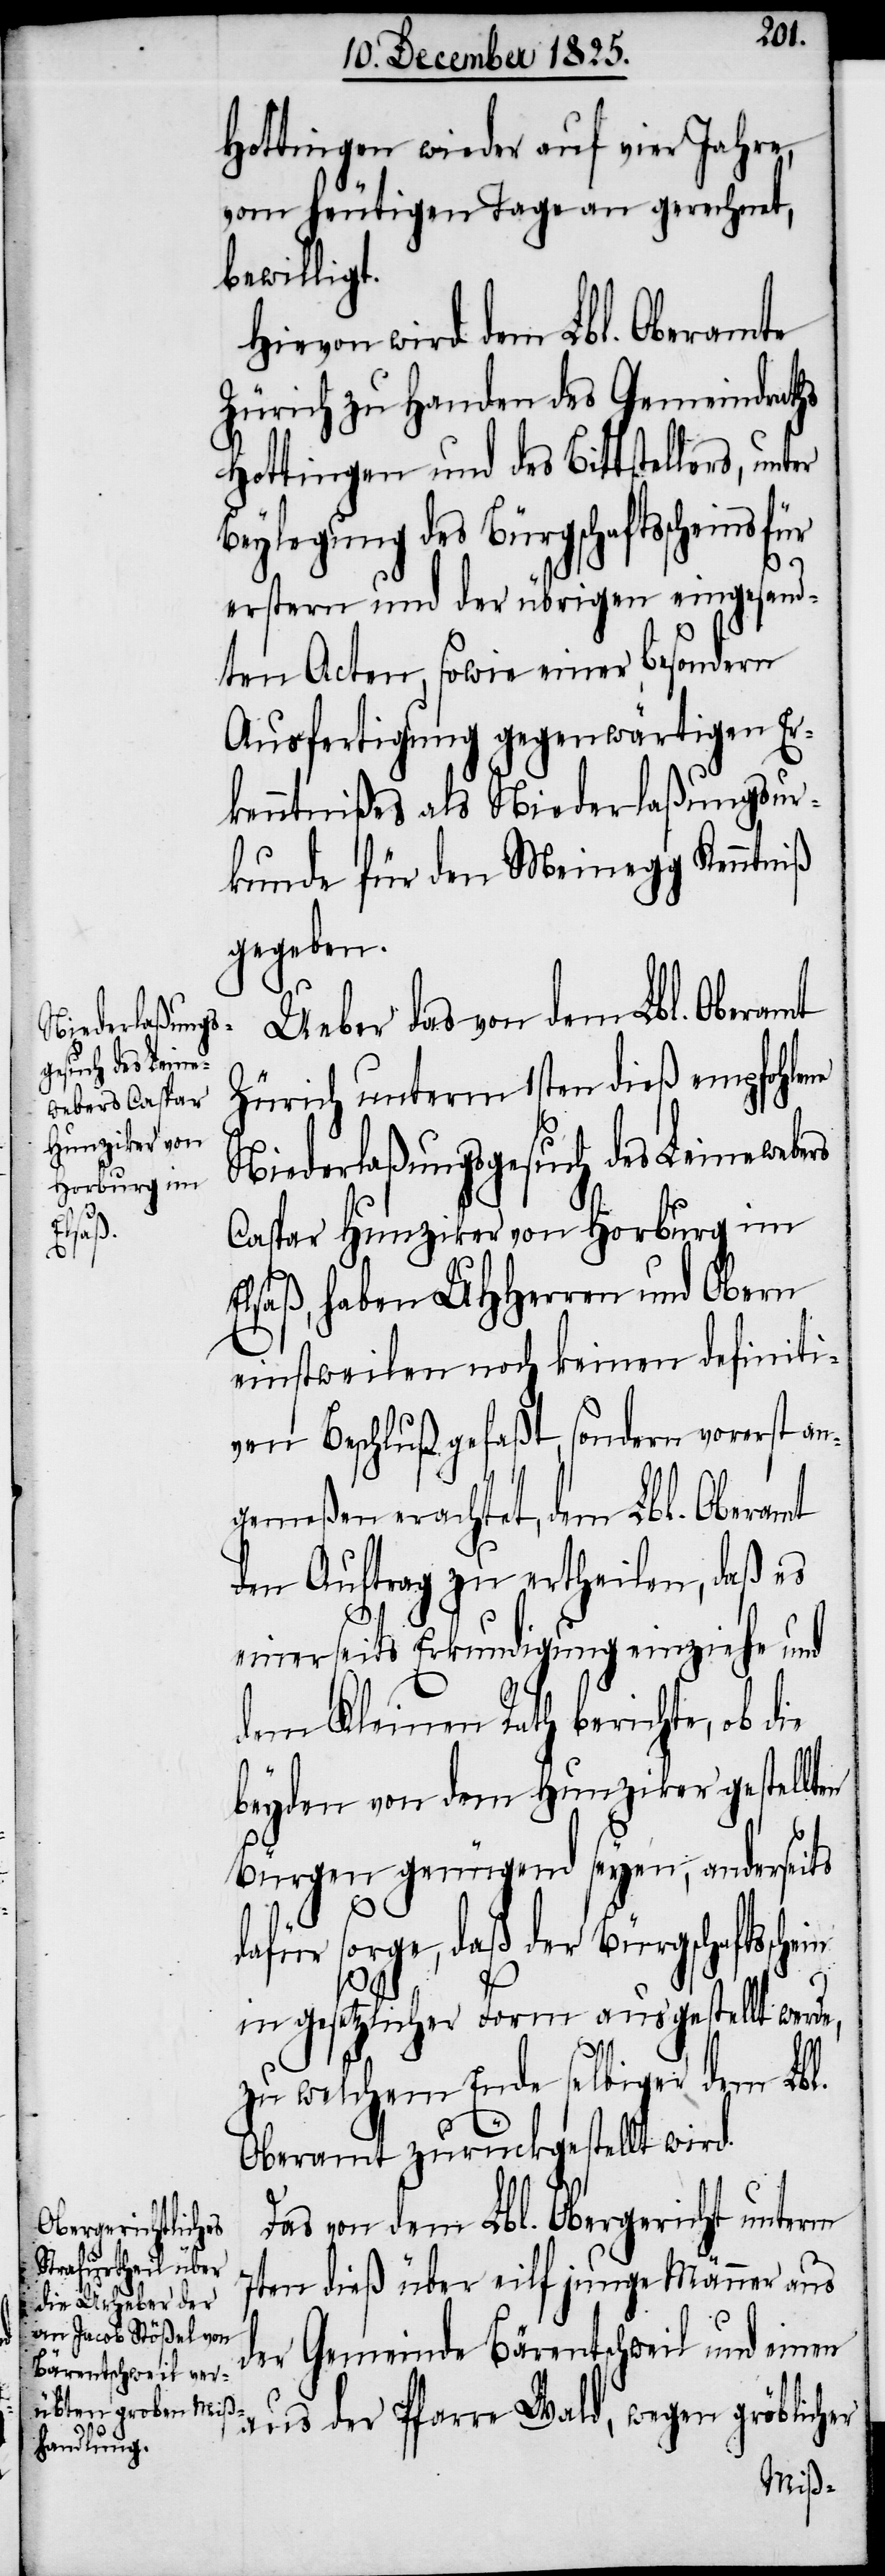
er

Hottingen wieder auf vier Jahre,
vom heutigen Tage an gerechnet,
bewilligt.
Hievon wird dem Lbl. Oberamte
Zürich zu Handen des Gemeindraths
Hottingen und des Bittstellers, unt¬
Beylegung des Bürgschaftsscheins
erstern und der übrigen eingesand¬
ten Acten, sowie einer besondern
Ausfertigung gegenwärtigen Er¬
kenntnißes als Niederlaßungsur¬
kunde für den Meinegg Kenntniß
gegeben.
Ueber das von dem Lbl. Oberamt
Zürich unterm 1sten dieß empfohlene
Niederlaßungsgesuch des Leinewebers
Caspar Hunziker von Horburg im
Elsaß, haben UHHerren und Obern
einstweilen noch keine definiti¬
ven Beschluß gefaßt, sondern vorerst an¬
gemeßen erachtet, dem Lbl. Oberamt
den Auftrag zu ertheilen, daß es
einerseits Erkundigung einziehe und
dem Kleinen Rath berichte, ob die
beyden von dem Hunziker gestellten
Bürgen genügend seyen, anderseits
dafür sorge, daß der Bürgschaftssche¬
in
in gesetzlicher Form ausgestellt werde,
zu welchem Ende selbiger dem Lbl.
Oberamt zurückgestellt wird.
Das von dem Lbl. Obergericht unterm
7ten dieß über eilf junge Männer aus
der Gemeinde Bärentschweil und einen
aus der Pfarre Wald, wegen gröblicher